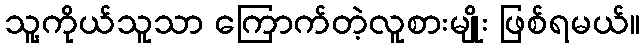
သူ့ကိုယ်သူသာ ကြောက်တဲ့လူစားမျိုး ဖြစ်ရမယ်။